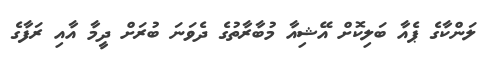
ލަންކާގެ ޕެއާ ބަލިކޮށް އޭޝިއާ މުބާރާތުގެ ދެވަނަ ބުރަށް ދީމާ އާއި ރަފާގެ